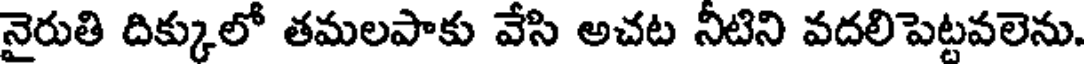
నైరుతి దిక్కులో తమలపాకు వేసి అచట నీటిని వదలిపెట్టవలెను.